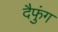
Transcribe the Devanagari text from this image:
दैफुंग